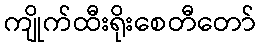
ကျိုက်ထီးရိုးစေတီတော်